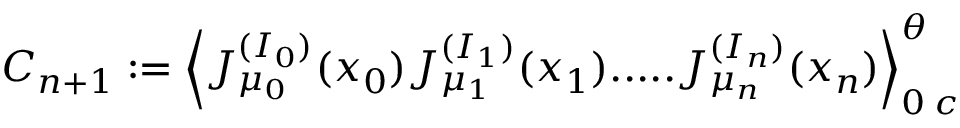
C _ { n + 1 } : = \Big \langle J _ { \mu _ { 0 } } ^ { ( I _ { 0 } ) } ( x _ { 0 } ) J _ { \mu _ { 1 } } ^ { ( I _ { 1 } ) } ( x _ { 1 } ) . . . . . J _ { \mu _ { n } } ^ { ( I _ { n } ) } ( x _ { n } ) \Big \rangle _ { 0 \; c } ^ { \theta }